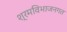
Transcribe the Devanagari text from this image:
श्रमविभाजनगत